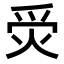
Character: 𤈚